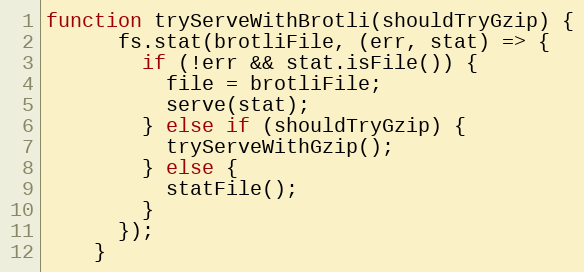
Language: JavaScript
function tryServeWithBrotli(shouldTryGzip) {
      fs.stat(brotliFile, (err, stat) => {
        if (!err && stat.isFile()) {
          file = brotliFile;
          serve(stat);
        } else if (shouldTryGzip) {
          tryServeWithGzip();
        } else {
          statFile();
        }
      });
    }